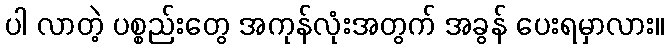
ပါ လာတဲ့ ပစ္စည်းတွေ အကုန်လုံးအတွက် အခွန် ပေးရမှာလား။